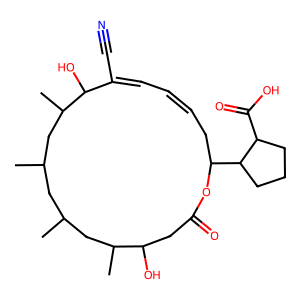
SMILES: CC1CC(C)CC(C)C(O)C(C#N)=CC=CCC(C2CCCC2C(=O)O)OC(=O)CC(O)C(C)C1
Inhibits HIV replication: No